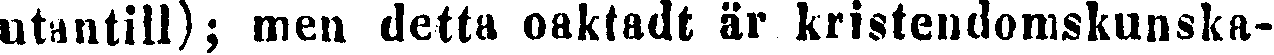
utantill); men detta oaktadt är kristendomskunska-